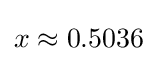
x\approx 0.5036